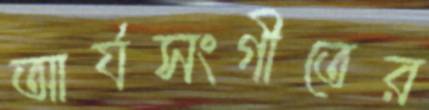
আর্যসংগীতের